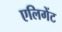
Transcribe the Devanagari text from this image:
एलिगेंट